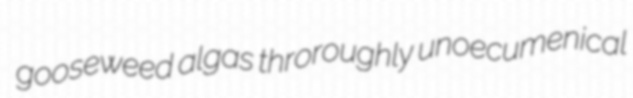
gooseweed algas throroughly unoecumenical